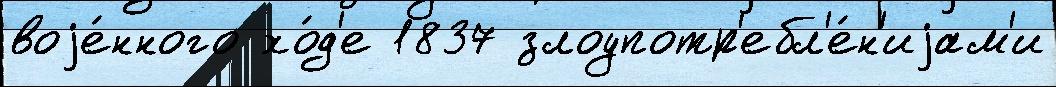
воjе́нного хо́д'е 1837 злоупотр'ебл'е́н'иjам'и